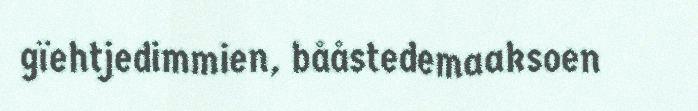
gïehtjedimmien, bååstedemaaksoen